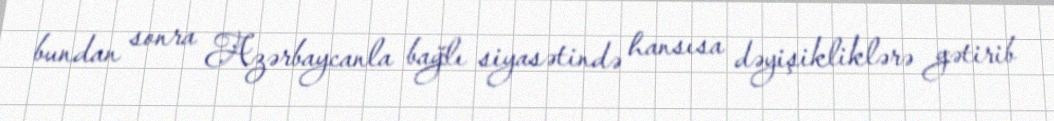
bundan sonra Azərbaycanla bağlı siyasətində hansısa dəyişikliklərə gətirib